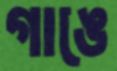
গাঙে